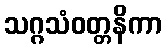
သဂ္ဂသံဝတ္တနိကာ